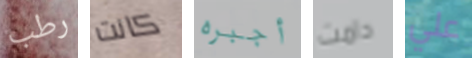
رطب كانت أجبره دامت علي